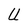
Character: U